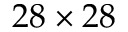
2 8 \times 2 8